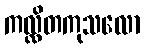
ကလ္လိတကုသလော